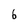
Character: 6